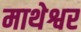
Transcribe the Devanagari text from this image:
माथेश्वर